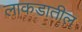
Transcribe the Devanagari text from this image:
लाकडातील